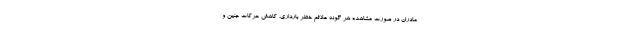
مادران در صورت مشاهده هر گونه علائم خطر بارداری، کاهش حرکات جنین و